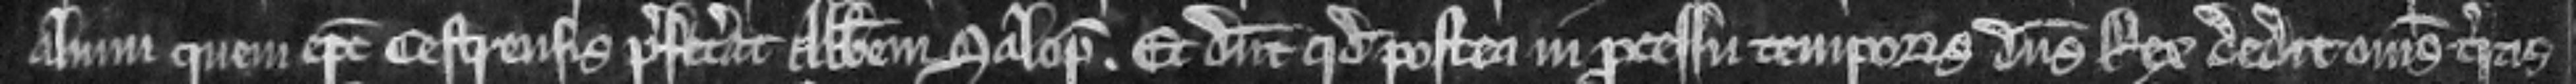
alium quem episcopus Cestrensis prefecerat Abbatem Salopem. Et dicunt quod postea in processu temporis dominus Rex dedit omnes terras